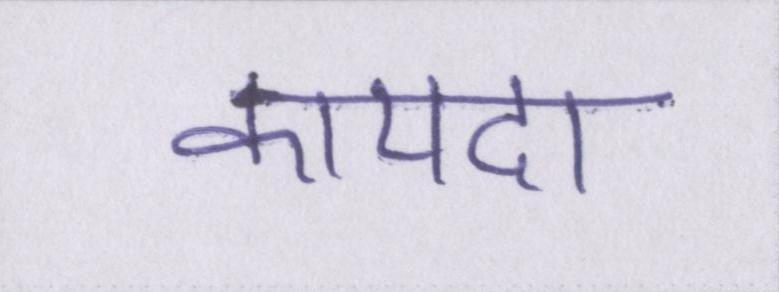
कायदा